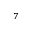
^ 7